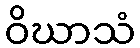
ဝိဃာသံ